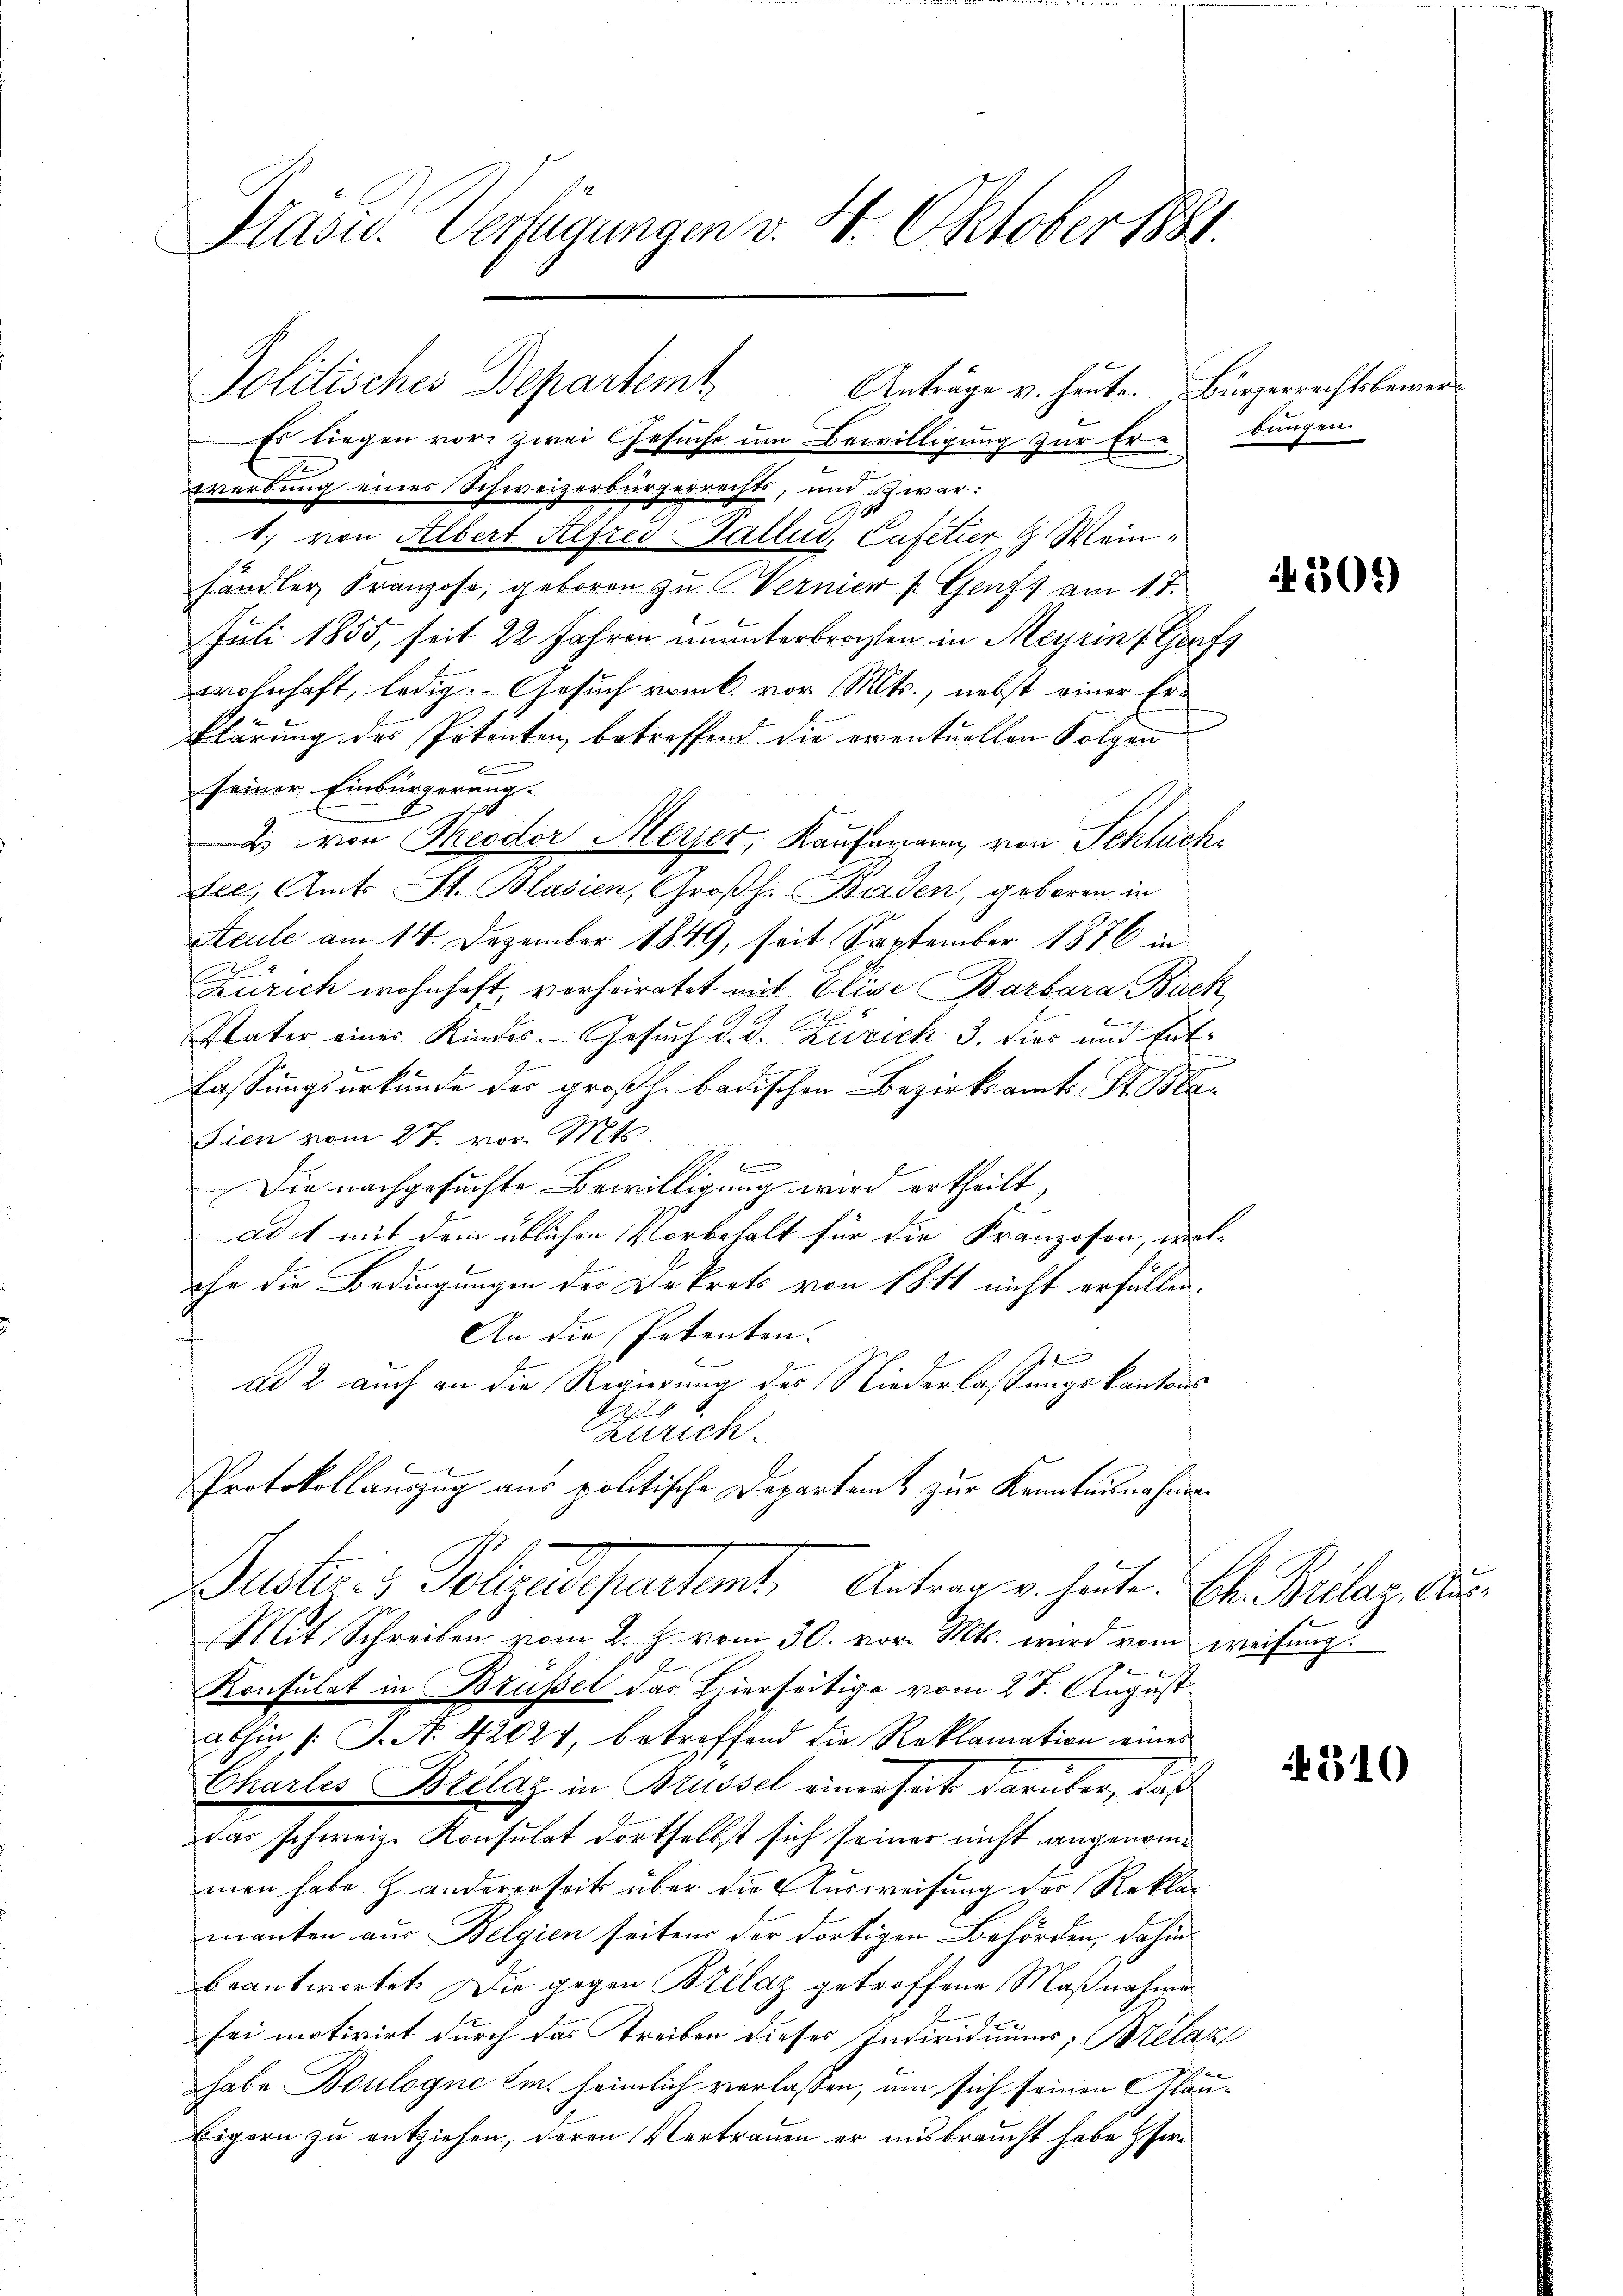
Hasu. Verfügungen v. 4. Oktober 1881.

Es liegen vor zwei Gesuche um Bewilligung zur Erbungen
werbung eines Schweizerbürgerrechts, und zwar:
1. von Albert Alfred Wallis, Cafetier & Weinhändler Franzose, geboren zu Vernier (Genf) am 17.
Juli 1855, seit 22 Jahren ununterbrochten in Meyrin Grafs
wohnhaft, ledig. Gesuch vom 6. vor Mts., nebst einer Erklärung des Petenten, betreffend die eventuellen Folgen
seiner Einbürgerung.
2 von Theodor Meyer, Kaufmann, von Schluch
del, Amts St. Blasien, Großh. Borden, geboren in
Steule am 14. Dezember 1849, seit September 1876 in
Zürich wohnhaft, vorheiratet mit Elise Barbara Back
Vater eines Kinder. Gesuch d. J. Zürich 3. dies und Ent¬
Fassungsurkunde der großh. badischen Bezirksamt St. Bar
Fien vom 27. vor. Mts.
f
Die nachgesuchte Bewilligung wird ertheilt,
ad 1 mit dem üblichen Vorbehalt für die Franzosen, wel-
ehe die Bedingungen der Dekrets von 1811 nicht erfüllen.
An die Petenten
ad 2 auch an die Regierung des Niederlassungskantons
2
Zürich
Protokollauszug aus politische Departamt zur Kenntnisnahmen
Busteris Pelzedepartente Antrag v. heute.
Mit Schreiben vom 2. J. vom 30. vor. Mts. wird vom weisung
Konsulat in Brüssel das hierseitige vom 27. August
abhin |: J. N. 42024, betreffend die Reklamation eines
Chartes Brélag in Brüssel einerseit darüber, daß
war schweiz. Konsulat dortselbst sich seiner nicht angenommen habe h. andererseit über die Ausweisung der Reklagmanten aus Belgien seiten der dortigen Behörden, dahinbeantwortet. Die gegen Bellaz getroffene Maßnahme
sei motivirt durch das Treiben dieses Individuums, Brelaz
habe Boulogne Em. heimlich verlassen, um sich seinen Gläu¬
Eigern zu entziehen, deren Vertrauen er ausbraucht habe fer¬

Politisches Departem Anträge u. heute. Bürgerrechtsberen

305)

Ch. Bulaz, Aus¬

310